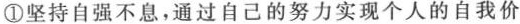
①坚持自强不息，通过自己的努力实现个人的自我价